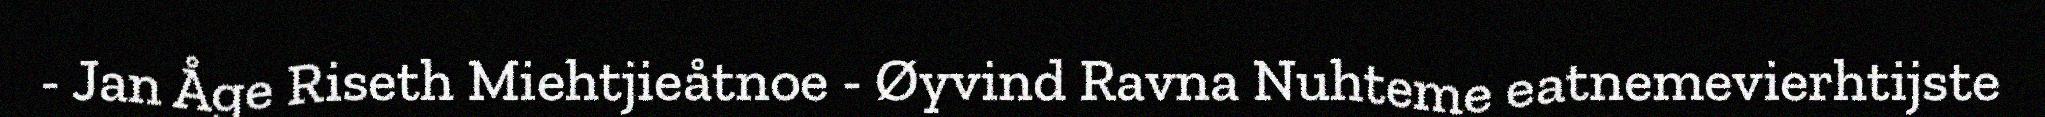
- Jan Åge Riseth Miehtjieåtnoe - Øyvind Ravna Nuhteme eatnemevierhtijste